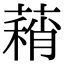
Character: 蕱